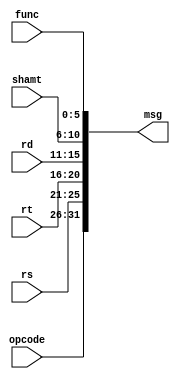
//========================================================================
// PARC Instruction Type
//========================================================================
// Instruction types are similar to message types but are strictly used
// for communication between the control and datapath of a PARC-based
// processor. Instruction "messages" can be unpacked into the various
// fields as defined by the PARC ISA, as well as be constructed from
// specifying each field explicitly. The 32-bit instruction has different
// fields depending on the format of the instruction used. The following
// are the various instruction encoding formats used in the PARC ISA.
//
// Register-Immediate Arithmetic:
//
//   31  26 25  21 20  16 15                 0
//  +------+------+------+--------------------+
//  |  op  |  rs  |  rt  |         imm        |
//  +------+------+------+--------------------+
//
// Register-Register Arithmetic:
//
//   31  26 25  21 20  16 15  11 10   6 5    0
//  +------+------+------+------+------+------+
//  |  op  |  rs  |  rt  |  rd  |   0  | func |
//  +------+------+------+------+------+------+
//
// Logical Shifts:
//
//   31  26 25  21 20  16 15  11 10   6 5    0
//  +------+------+------+------+------+------+
//  |  op  |   0  |  rt  |  rd  |  sa  | func |
//  +------+------+------+------+------+------+
//
// Memory operations:
//
//   31  26 25  21 20  16 15                 0
//  +------+------+------+--------------------+
//  |  op  | base |  rt  |         imm        |
//  +------+------+------+--------------------+
//
// Branches:
//
//   31  26 25  21 20  16 15                 0
//  +------+------+------+--------------------+
//  |  op  |  rs  |  rt  |       offset       |
//  +------+------+------+--------------------+
//
// Jumps:
//
//   31  26 25                               0
//  +------+----------------------------------+
//  |  op  |             target               |
//  +------+----------------------------------+
//
// Jump Register:
//
//   31  26 25  21 20         11 10   6 5    0
//  +------+------+-------------+------+------+
//  |  op  |  rs  |      0      | hint | func |
//  +------+------+-------------+------+------+
//
// The instruction type also defines a list of instruction encodings in
// the PARC ISA, which are used to decode instructions in the control unit.

`ifndef PARC_INST_MSG_V
`define PARC_INST_MSG_V

//------------------------------------------------------------------------
// Instruction fields
//------------------------------------------------------------------------

`define PARC_INST_MSG_OPCODE    31:26
`define PARC_INST_MSG_RS        25:21
`define PARC_INST_MSG_RT        20:16
`define PARC_INST_MSG_RD        15:11
`define PARC_INST_MSG_SHAMT     10:6
`define PARC_INST_MSG_FUNC      5:0
`define PARC_INST_MSG_IMM       15:0
`define PARC_INST_MSG_IMM_SIGN  15
`define PARC_INST_MSG_TARGET    25:0

//------------------------------------------------------------------------
// Field sizes
//------------------------------------------------------------------------

`define PARC_INST_MSG_SZ          32

`define PARC_INST_MSG_OPCODE_SZ   6
`define PARC_INST_MSG_RS_SZ       5
`define PARC_INST_MSG_RT_SZ       5
`define PARC_INST_MSG_RD_SZ       5
`define PARC_INST_MSG_SHAMT_SZ    5
`define PARC_INST_MSG_FUNC_SZ     6
`define PARC_INST_MSG_IMM_SZ      16
`define PARC_INST_MSG_IMM_SIGN_SZ 1
`define PARC_INST_MSG_TARGET_SZ   26

//------------------------------------------------------------------------
// Instruction opcodes
//------------------------------------------------------------------------

`define PARC_INST_MSG_NOP     32'b000000_00000_00000_00000_00000_000000
`define PARC_INST_MSG_SYSCALL 32'b000000_?????_?????_?????_?????_001100
`define PARC_INST_MSG_ERET    32'b010000_10000_00000_00000_00000_011000
`define PARC_INST_MSG_ADDIU   32'b001001_?????_?????_?????_?????_??????
`define PARC_INST_MSG_SLTI    32'b001010_?????_?????_?????_?????_??????
`define PARC_INST_MSG_SLTIU   32'b001011_?????_?????_?????_?????_??????
`define PARC_INST_MSG_ANDI    32'b001100_?????_?????_?????_?????_??????
`define PARC_INST_MSG_ORI     32'b001101_?????_?????_?????_?????_??????
`define PARC_INST_MSG_XORI    32'b001110_?????_?????_?????_?????_??????
`define PARC_INST_MSG_LUI     32'b001111_00000_?????_?????_?????_??????
`define PARC_INST_MSG_SLL     32'b000000_00000_?????_?????_?????_000000
`define PARC_INST_MSG_SRL     32'b000000_00000_?????_?????_?????_000010
`define PARC_INST_MSG_SRA     32'b000000_00000_?????_?????_?????_000011
`define PARC_INST_MSG_SLLV    32'b000000_?????_?????_?????_00000_000100
`define PARC_INST_MSG_SRLV    32'b000000_?????_?????_?????_00000_000110
`define PARC_INST_MSG_SRAV    32'b000000_?????_?????_?????_00000_000111
`define PARC_INST_MSG_ADDU    32'b000000_?????_?????_?????_00000_100001
`define PARC_INST_MSG_SUBU    32'b000000_?????_?????_?????_00000_100011
`define PARC_INST_MSG_AND     32'b000000_?????_?????_?????_00000_100100
`define PARC_INST_MSG_OR      32'b000000_?????_?????_?????_00000_100101
`define PARC_INST_MSG_XOR     32'b000000_?????_?????_?????_00000_100110
`define PARC_INST_MSG_NOR     32'b000000_?????_?????_?????_00000_100111
`define PARC_INST_MSG_SLT     32'b000000_?????_?????_?????_00000_101010
`define PARC_INST_MSG_SLTU    32'b000000_?????_?????_?????_00000_101011
`define PARC_INST_MSG_MUL     32'b011100_?????_?????_?????_00000_000010
`define PARC_INST_MSG_DIV     32'b100111_?????_?????_?????_00000_000101
`define PARC_INST_MSG_DIVU    32'b100111_?????_?????_?????_00000_000111
`define PARC_INST_MSG_REM     32'b100111_?????_?????_?????_00000_000110
`define PARC_INST_MSG_REMU    32'b100111_?????_?????_?????_00000_001000
`define PARC_INST_MSG_LW      32'b100011_?????_?????_?????_?????_??????
`define PARC_INST_MSG_LH      32'b100001_?????_?????_?????_?????_??????
`define PARC_INST_MSG_LHU     32'b100101_?????_?????_?????_?????_??????
`define PARC_INST_MSG_LB      32'b100000_?????_?????_?????_?????_??????
`define PARC_INST_MSG_LBU     32'b100100_?????_?????_?????_?????_??????
`define PARC_INST_MSG_SW      32'b101011_?????_?????_?????_?????_??????
`define PARC_INST_MSG_SH      32'b101001_?????_?????_?????_?????_??????
`define PARC_INST_MSG_SB      32'b101000_?????_?????_?????_?????_??????
`define PARC_INST_MSG_J       32'b000010_?????_?????_?????_?????_??????
`define PARC_INST_MSG_JAL     32'b000011_?????_?????_?????_?????_??????
`define PARC_INST_MSG_JR      32'b000000_?????_00000_00000_00000_001000
`define PARC_INST_MSG_JALR    32'b000000_?????_00000_?????_00000_001001
`define PARC_INST_MSG_BEQ     32'b000100_?????_?????_?????_?????_??????
`define PARC_INST_MSG_BNE     32'b000101_?????_?????_?????_?????_??????
`define PARC_INST_MSG_BLEZ    32'b000110_?????_00000_?????_?????_??????
`define PARC_INST_MSG_BGTZ    32'b000111_?????_00000_?????_?????_??????
`define PARC_INST_MSG_BLTZ    32'b000001_?????_00000_?????_?????_??????
`define PARC_INST_MSG_BGEZ    32'b000001_?????_00001_?????_?????_??????
`define PARC_INST_MSG_MFC0    32'b010000_00000_?????_?????_00000_000000
`define PARC_INST_MSG_MTC0    32'b010000_00100_?????_?????_00000_000000

//------------------------------------------------------------------------
// Control bundle
//------------------------------------------------------------------------

`define PARC_INST_MSG_INST_VAL   38
`define PARC_INST_MSG_J_EN       37
`define PARC_INST_MSG_BR_SEL     36:34
`define PARC_INST_MSG_PC_SEL     33:32
`define PARC_INST_MSG_OP0_SEL    31:30
`define PARC_INST_MSG_RS_EN      29
`define PARC_INST_MSG_OP1_SEL    28:26
`define PARC_INST_MSG_RT_EN      25
`define PARC_INST_MSG_ALU_FN     24:21
`define PARC_INST_MSG_MULDIV_FN  20:18
`define PARC_INST_MSG_MULDIV_EN  17
`define PARC_INST_MSG_MULDIV_SEL 16
`define PARC_INST_MSG_EX_SEL     15
`define PARC_INST_MSG_MEM_REQ    14:13
`define PARC_INST_MSG_MEM_LEN    12:11
`define PARC_INST_MSG_MEM_SEL    10:8
`define PARC_INST_MSG_WB_SEL     7
`define PARC_INST_MSG_RF_WEN     6
`define PARC_INST_MSG_RF_WADDR   5:1
`define PARC_INST_MSG_CP0_WEN    0

//------------------------------------------------------------------------
// Convert message to bits
//------------------------------------------------------------------------

module parc_RegRegInstMsgToBits
(
  // Input message

  input [`PARC_INST_MSG_OPCODE_SZ-1:0] opcode,
  input [    `PARC_INST_MSG_RS_SZ-1:0] rs,
  input [    `PARC_INST_MSG_RT_SZ-1:0] rt,
  input [    `PARC_INST_MSG_RD_SZ-1:0] rd,
  input [ `PARC_INST_MSG_SHAMT_SZ-1:0] shamt,
  input [  `PARC_INST_MSG_FUNC_SZ-1:0] func,

  // Output message

  output [`PARC_INST_MSG_SZ-1:0] msg
);

  assign msg[`PARC_INST_MSG_OPCODE] = opcode;
  assign msg[    `PARC_INST_MSG_RS] = rs;
  assign msg[    `PARC_INST_MSG_RT] = rt;
  assign msg[    `PARC_INST_MSG_RD] = rd;
  assign msg[ `PARC_INST_MSG_SHAMT] = shamt;
  assign msg[  `PARC_INST_MSG_FUNC] = func;

endmodule

module parc_RegImmInstMsgToBits
(
  // Input message

  input [`PARC_INST_MSG_OPCODE_SZ-1:0] opcode,
  input [    `PARC_INST_MSG_RS_SZ-1:0] rs,
  input [    `PARC_INST_MSG_RT_SZ-1:0] rt,
  input [   `PARC_INST_MSG_IMM_SZ-1:0] imm,

  // Output message

  output [`PARC_INST_MSG_SZ-1:0] msg
);

  assign msg[`PARC_INST_MSG_OPCODE] = opcode;
  assign msg[    `PARC_INST_MSG_RS] = rs;
  assign msg[    `PARC_INST_MSG_RT] = rt;
  assign msg[   `PARC_INST_MSG_IMM] = imm;

endmodule

module parc_TargInstMsgToBits
(
  // Input message

  input [`PARC_INST_MSG_OPCODE_SZ-1:0] opcode,
  input [`PARC_INST_MSG_TARGET_SZ-1:0] target,

  // Output message

  output [`PARC_INST_MSG_SZ-1:0] msg
);

  assign msg[`PARC_INST_MSG_OPCODE] = opcode;
  assign msg[`PARC_INST_MSG_TARGET] = target;

endmodule

//------------------------------------------------------------------------
// Convert message from bits
//------------------------------------------------------------------------

module parc_InstMsgFromBits
(
  // Input message

  input [`PARC_INST_MSG_SZ-1:0] msg,

  // Output message

  output [  `PARC_INST_MSG_OPCODE_SZ-1:0] opcode,
  output [      `PARC_INST_MSG_RS_SZ-1:0] rs,
  output [      `PARC_INST_MSG_RT_SZ-1:0] rt,
  output [      `PARC_INST_MSG_RD_SZ-1:0] rd,
  output [   `PARC_INST_MSG_SHAMT_SZ-1:0] shamt,
  output [    `PARC_INST_MSG_FUNC_SZ-1:0] func,
  output [     `PARC_INST_MSG_IMM_SZ-1:0] imm,
  output [`PARC_INST_MSG_IMM_SIGN_SZ-1:0] imm_sign,
  output [  `PARC_INST_MSG_TARGET_SZ-1:0] target

);

  assign opcode   = msg[  `PARC_INST_MSG_OPCODE];
  assign rs       = msg[      `PARC_INST_MSG_RS];
  assign rt       = msg[      `PARC_INST_MSG_RT];
  assign rd       = msg[      `PARC_INST_MSG_RD];
  assign shamt    = msg[   `PARC_INST_MSG_SHAMT];
  assign func     = msg[    `PARC_INST_MSG_FUNC];
  assign imm      = msg[     `PARC_INST_MSG_IMM];
  assign imm_sign = msg[`PARC_INST_MSG_IMM_SIGN];
  assign target   = msg[  `PARC_INST_MSG_TARGET];

endmodule

//------------------------------------------------------------------------
// Instruction disassembly
//------------------------------------------------------------------------

`ifndef SYNTHESIS
module parc_InstMsgDisasm
(
  input [`PARC_INST_MSG_SZ-1:0] msg
);

  // Extract fields

  wire [`PARC_INST_MSG_OPCODE_SZ-1:0] opcode;
  wire [    `PARC_INST_MSG_RS_SZ-1:0] rs;
  wire [    `PARC_INST_MSG_RT_SZ-1:0] rt;
  wire [    `PARC_INST_MSG_RD_SZ-1:0] rd;
  wire [ `PARC_INST_MSG_SHAMT_SZ-1:0] shamt;
  wire [  `PARC_INST_MSG_FUNC_SZ-1:0] func;
  wire [   `PARC_INST_MSG_IMM_SZ-1:0] imm;
  wire [`PARC_INST_MSG_TARGET_SZ-1:0] target;

  parc_InstMsgFromBits inst_msg_from_bits
  (
    .msg    (msg),
    .opcode (opcode),
    .rs     (rs),
    .rt     (rt),
    .rd     (rd),
    .shamt  (shamt),
    .func   (func),
    .imm    (imm),
    .target (target)
  );

  reg [167:0] dasm;

  always @ ( * ) begin

    if ( msg === 32'bx ) begin
      $sformat( dasm, "x                    " );
    end
    else begin

      casez ( msg )
        `PARC_INST_MSG_NOP     : $sformat( dasm, "nop                  "                 );
        `PARC_INST_MSG_SYSCALL : $sformat( dasm, "syscall              "                 );
        `PARC_INST_MSG_ERET    : $sformat( dasm, "eret                 "                 );
        `PARC_INST_MSG_ADDIU   : $sformat( dasm, "addiu r%d, r%d, %x ",   rt, rs,  imm   );
        `PARC_INST_MSG_SLTI    : $sformat( dasm, "slti  r%d, r%d, %x ",   rt, rs,  imm   );
        `PARC_INST_MSG_SLTIU   : $sformat( dasm, "sltiu r%d, r%d, %x ",   rt, rs,  imm   );
        `PARC_INST_MSG_ANDI    : $sformat( dasm, "andi  r%d, r%d, %x ",   rt, rs,  imm   );
        `PARC_INST_MSG_ORI     : $sformat( dasm, "ori   r%d, r%d, %x ",   rt, rs,  imm   );
        `PARC_INST_MSG_XORI    : $sformat( dasm, "xori  r%d, r%d, %x ",   rt, rs,  imm   );
        `PARC_INST_MSG_LUI     : $sformat( dasm, "lui   r%d, %x      ",   rt, imm        );
        `PARC_INST_MSG_SLL     : $sformat( dasm, "sll   r%d, r%d, %x   ", rt, rt,  shamt );
        `PARC_INST_MSG_SRL     : $sformat( dasm, "srl   r%d, r%d, %x   ", rd, rt,  shamt );
        `PARC_INST_MSG_SRA     : $sformat( dasm, "sra   r%d, r%d, %x   ", rd, rt,  shamt );
        `PARC_INST_MSG_SLLV    : $sformat( dasm, "sllv  r%d, r%d, r%d  ", rd, rt,  rs    );
        `PARC_INST_MSG_SRLV    : $sformat( dasm, "srlv  r%d, r%d, r%d  ", rd, rt,  rs    );
        `PARC_INST_MSG_SRAV    : $sformat( dasm, "srav  r%d, r%d, r%d  ", rd, rt,  rs    );
        `PARC_INST_MSG_ADDU    : $sformat( dasm, "addu  r%d, r%d, r%d  ", rd, rt,  rs    );
        `PARC_INST_MSG_SUBU    : $sformat( dasm, "subu  r%d, r%d, r%d  ", rd, rt,  rs    );
        `PARC_INST_MSG_AND     : $sformat( dasm, "and   r%d, r%d, r%d  ", rd, rt,  rs    );
        `PARC_INST_MSG_OR      : $sformat( dasm, "or    r%d, r%d, r%d  ", rd, rt,  rs    );
        `PARC_INST_MSG_XOR     : $sformat( dasm, "xor   r%d, r%d, r%d  ", rd, rt,  rs    );
        `PARC_INST_MSG_NOR     : $sformat( dasm, "nor   r%d, r%d, r%d  ", rd, rt,  rs    );
        `PARC_INST_MSG_SLT     : $sformat( dasm, "slt   r%d, r%d, r%d  ", rd, rt,  rs    );
        `PARC_INST_MSG_SLTU    : $sformat( dasm, "sltu  r%d, r%d, r%d  ", rd, rt,  rs    );
        `PARC_INST_MSG_MUL     : $sformat( dasm, "mul   r%d, r%d, r%d  ", rd, rt,  rs    );
        `PARC_INST_MSG_DIV     : $sformat( dasm, "div   r%d, r%d, r%d  ", rd, rt,  rs    );
        `PARC_INST_MSG_DIVU    : $sformat( dasm, "divu  r%d, r%d, r%d  ", rd, rt,  rs    );
        `PARC_INST_MSG_REM     : $sformat( dasm, "rem   r%d, r%d, r%d  ", rd, rt,  rs    );
        `PARC_INST_MSG_REMU    : $sformat( dasm, "remu  r%d, r%d, r%d  ", rd, rt,  rs    );
        `PARC_INST_MSG_LW      : $sformat( dasm, "lw    r%d, %x(r%d) ",   rt, imm, rs    );
        `PARC_INST_MSG_LH      : $sformat( dasm, "lh    r%d, %x(r%d) ",   rt, imm, rs    );
        `PARC_INST_MSG_LHU     : $sformat( dasm, "lhu   r%d, %x(r%d) ",   rt, imm, rs    );
        `PARC_INST_MSG_LB      : $sformat( dasm, "lb    r%d, %x(r%d) ",   rt, imm, rs    );
        `PARC_INST_MSG_LBU     : $sformat( dasm, "lbu   r%d, %x(r%d) ",   rt, imm, rs    );
        `PARC_INST_MSG_SW      : $sformat( dasm, "sw    r%d, %x(r%d) ",   rt, imm, rs    );
        `PARC_INST_MSG_SH      : $sformat( dasm, "sh    r%d, %x(r%d) ",   rt, imm, rs    );
        `PARC_INST_MSG_SB      : $sformat( dasm, "sb    r%d, %x(r%d) ",   rt, imm, rs    );
        `PARC_INST_MSG_J       : $sformat( dasm, "j     %x        ",      target         );
        `PARC_INST_MSG_JAL     : $sformat( dasm, "jal   %x        ",      target         );
        `PARC_INST_MSG_JR      : $sformat( dasm, "jr    r%d            ", rs             );
        `PARC_INST_MSG_JALR    : $sformat( dasm, "jalr  r%d, r%d       ", rd, rs         );
        `PARC_INST_MSG_BEQ     : $sformat( dasm, "beq   r%d, r%d, %x ",   rs, rt,  imm   );
        `PARC_INST_MSG_BNE     : $sformat( dasm, "bne   r%d, r%d, %x ",   rs, rt,  imm   );
        `PARC_INST_MSG_BLEZ    : $sformat( dasm, "blez  r%d, %x      ",   rs, imm        );
        `PARC_INST_MSG_BGTZ    : $sformat( dasm, "bgtz  r%d, %x      ",   rs, imm        );
        `PARC_INST_MSG_BLTZ    : $sformat( dasm, "bltz  r%d, %x      ",   rs, imm        );
        `PARC_INST_MSG_BGEZ    : $sformat( dasm, "bgez  r%d, %x      ",   rs, imm        );
        `PARC_INST_MSG_MFC0    : $sformat( dasm, "mfc0  r%d, r%d       ", rt, rd         );
        `PARC_INST_MSG_MTC0    : $sformat( dasm, "mtc0  r%d, r%d       ", rt, rd         );
        default                : $sformat( dasm, "undefined inst       " );
      endcase

    end

  end

  reg [40:0] minidasm;

  always @ ( * )
  begin

    if ( msg === 32'bx )
      $sformat( minidasm, "x    " );
    else
    begin

      casez ( msg )
        `PARC_INST_MSG_NOP     : $sformat( minidasm, "nop  ");
        `PARC_INST_MSG_SYSCALL : $sformat( minidasm, "syscl");
        `PARC_INST_MSG_ERET    : $sformat( minidasm, "eret ");
        `PARC_INST_MSG_ADDIU   : $sformat( minidasm, "addiu");
        `PARC_INST_MSG_SLTI    : $sformat( minidasm, "slti ");
        `PARC_INST_MSG_SLTIU   : $sformat( minidasm, "sltiu");
        `PARC_INST_MSG_ANDI    : $sformat( minidasm, "andi ");
        `PARC_INST_MSG_ORI     : $sformat( minidasm, "ori  ");
        `PARC_INST_MSG_XORI    : $sformat( minidasm, "xori ");
        `PARC_INST_MSG_LUI     : $sformat( minidasm, "lui  ");
        `PARC_INST_MSG_SLL     : $sformat( minidasm, "sll  ");
        `PARC_INST_MSG_SRL     : $sformat( minidasm, "srl  ");
        `PARC_INST_MSG_SRA     : $sformat( minidasm, "sra  ");
        `PARC_INST_MSG_SLLV    : $sformat( minidasm, "sllv ");
        `PARC_INST_MSG_SRLV    : $sformat( minidasm, "srlv ");
        `PARC_INST_MSG_SRAV    : $sformat( minidasm, "srav ");
        `PARC_INST_MSG_ADDU    : $sformat( minidasm, "addu ");
        `PARC_INST_MSG_SUBU    : $sformat( minidasm, "subu ");
        `PARC_INST_MSG_AND     : $sformat( minidasm, "and  ");
        `PARC_INST_MSG_OR      : $sformat( minidasm, "or   ");
        `PARC_INST_MSG_XOR     : $sformat( minidasm, "xor  ");
        `PARC_INST_MSG_NOR     : $sformat( minidasm, "nor  ");
        `PARC_INST_MSG_SLT     : $sformat( minidasm, "slt  ");
        `PARC_INST_MSG_SLTU    : $sformat( minidasm, "sltu ");
        `PARC_INST_MSG_MUL     : $sformat( minidasm, "mul  ");
        `PARC_INST_MSG_DIV     : $sformat( minidasm, "div  ");
        `PARC_INST_MSG_DIVU    : $sformat( minidasm, "divu ");
        `PARC_INST_MSG_REM     : $sformat( minidasm, "rem  ");
        `PARC_INST_MSG_REMU    : $sformat( minidasm, "remu ");
        `PARC_INST_MSG_LW      : $sformat( minidasm, "lw   ");
        `PARC_INST_MSG_LH      : $sformat( minidasm, "lh   ");
        `PARC_INST_MSG_LHU     : $sformat( minidasm, "lhu  ");
        `PARC_INST_MSG_LB      : $sformat( minidasm, "lb   ");
        `PARC_INST_MSG_LBU     : $sformat( minidasm, "lbu  ");
        `PARC_INST_MSG_SW      : $sformat( minidasm, "sw   ");
        `PARC_INST_MSG_SH      : $sformat( minidasm, "sh   ");
        `PARC_INST_MSG_SB      : $sformat( minidasm, "sb   ");
        `PARC_INST_MSG_J       : $sformat( minidasm, "j    ");
        `PARC_INST_MSG_JAL     : $sformat( minidasm, "jal  ");
        `PARC_INST_MSG_JR      : $sformat( minidasm, "jr   ");
        `PARC_INST_MSG_JALR    : $sformat( minidasm, "jalr ");
        `PARC_INST_MSG_BEQ     : $sformat( minidasm, "beq  ");
        `PARC_INST_MSG_BNE     : $sformat( minidasm, "bne  ");
        `PARC_INST_MSG_BLEZ    : $sformat( minidasm, "blez ");
        `PARC_INST_MSG_BGTZ    : $sformat( minidasm, "bgtz ");
        `PARC_INST_MSG_BLTZ    : $sformat( minidasm, "bltz ");
        `PARC_INST_MSG_BGEZ    : $sformat( minidasm, "bgez ");
        `PARC_INST_MSG_MFC0    : $sformat( minidasm, "mfc0 ");
        `PARC_INST_MSG_MTC0    : $sformat( minidasm, "mtc0 ");
        default                : $sformat( minidasm, "undef");
      endcase

    end

  end

endmodule
`endif

`endif